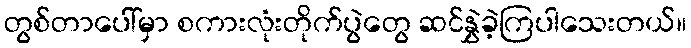
တွစ်တာပေါ်မှာ စကားလုံးတိုက်ပွဲတွေ ဆင်နွှဲခဲ့ကြပါသေးတယ်။